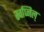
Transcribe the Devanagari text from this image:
स्वप्निल्